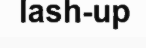
lash-up